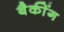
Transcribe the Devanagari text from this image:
बैकींग